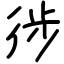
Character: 徏